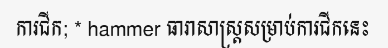
ការជីក; * hammer ធារាសាស្ត្រសម្រាប់ការជីកនេះ